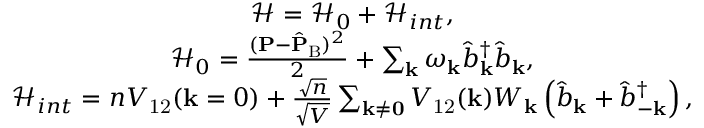
\begin{array} { r } { \begin{array} { c } { \mathcal { H } = \mathcal { H } _ { 0 } + \mathcal { H } _ { i n t } , } \\ { \mathcal { H } _ { 0 } = \frac { ( { \mathbf { P } } - \hat { \mathbf { P } } _ { \mathrm { B } } ) ^ { 2 } } { 2 } + \sum _ { \mathbf { k } } \omega _ { \mathbf { k } } \hat { b } _ { \mathbf { k } } ^ { \dagger } \hat { b } _ { \mathbf { k } } , } \\ { \mathcal { H } _ { i n t } = n V _ { \mathrm { 1 2 } } ( \mathbf { k } = 0 ) + \frac { \sqrt { n } } { \sqrt { V } } \sum _ { \mathbf { k \neq 0 } } V _ { \mathrm { 1 2 } } ( \mathbf { k } ) W _ { \mathbf { k } } \left( \hat { b } _ { \mathbf { k } } + \hat { b } _ { - \mathbf { k } } ^ { \dagger } \right) , } \end{array} } \end{array}